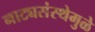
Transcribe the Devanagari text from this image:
नाट्यसंस्थेमुळे